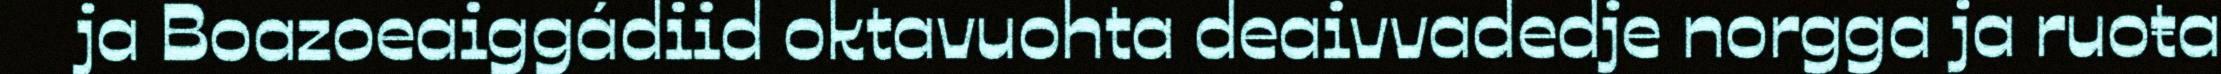
ja Boazoeaiggádiid oktavuohta deaivvadedje norgga ja ruoŧa